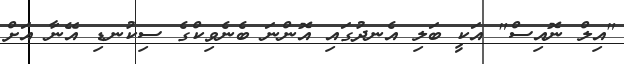
"އިލް ނޮއިސް" އަކީ ބަލި އެނދުގައި އޮންނަ ބެނެވިކްގެ ސިކުނޑި އޭނާ އަށް